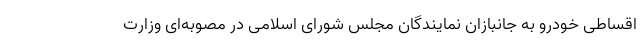
اقساطی خودرو به جانبازان نمایندگان مجلس شورای اسلامی در مصوبه‌ای وزارت